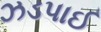
ઝડપાઈ